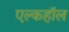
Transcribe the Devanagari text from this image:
एल्कहॉल